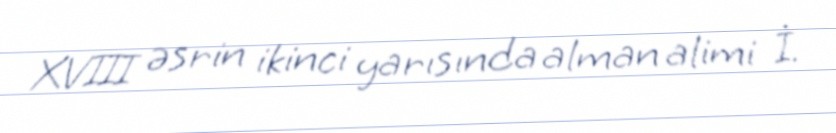
XVIII əsrin ikinci yarısında alman alimi İ.